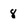
Character: 8